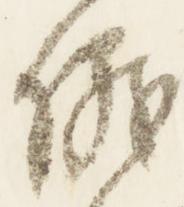
儀